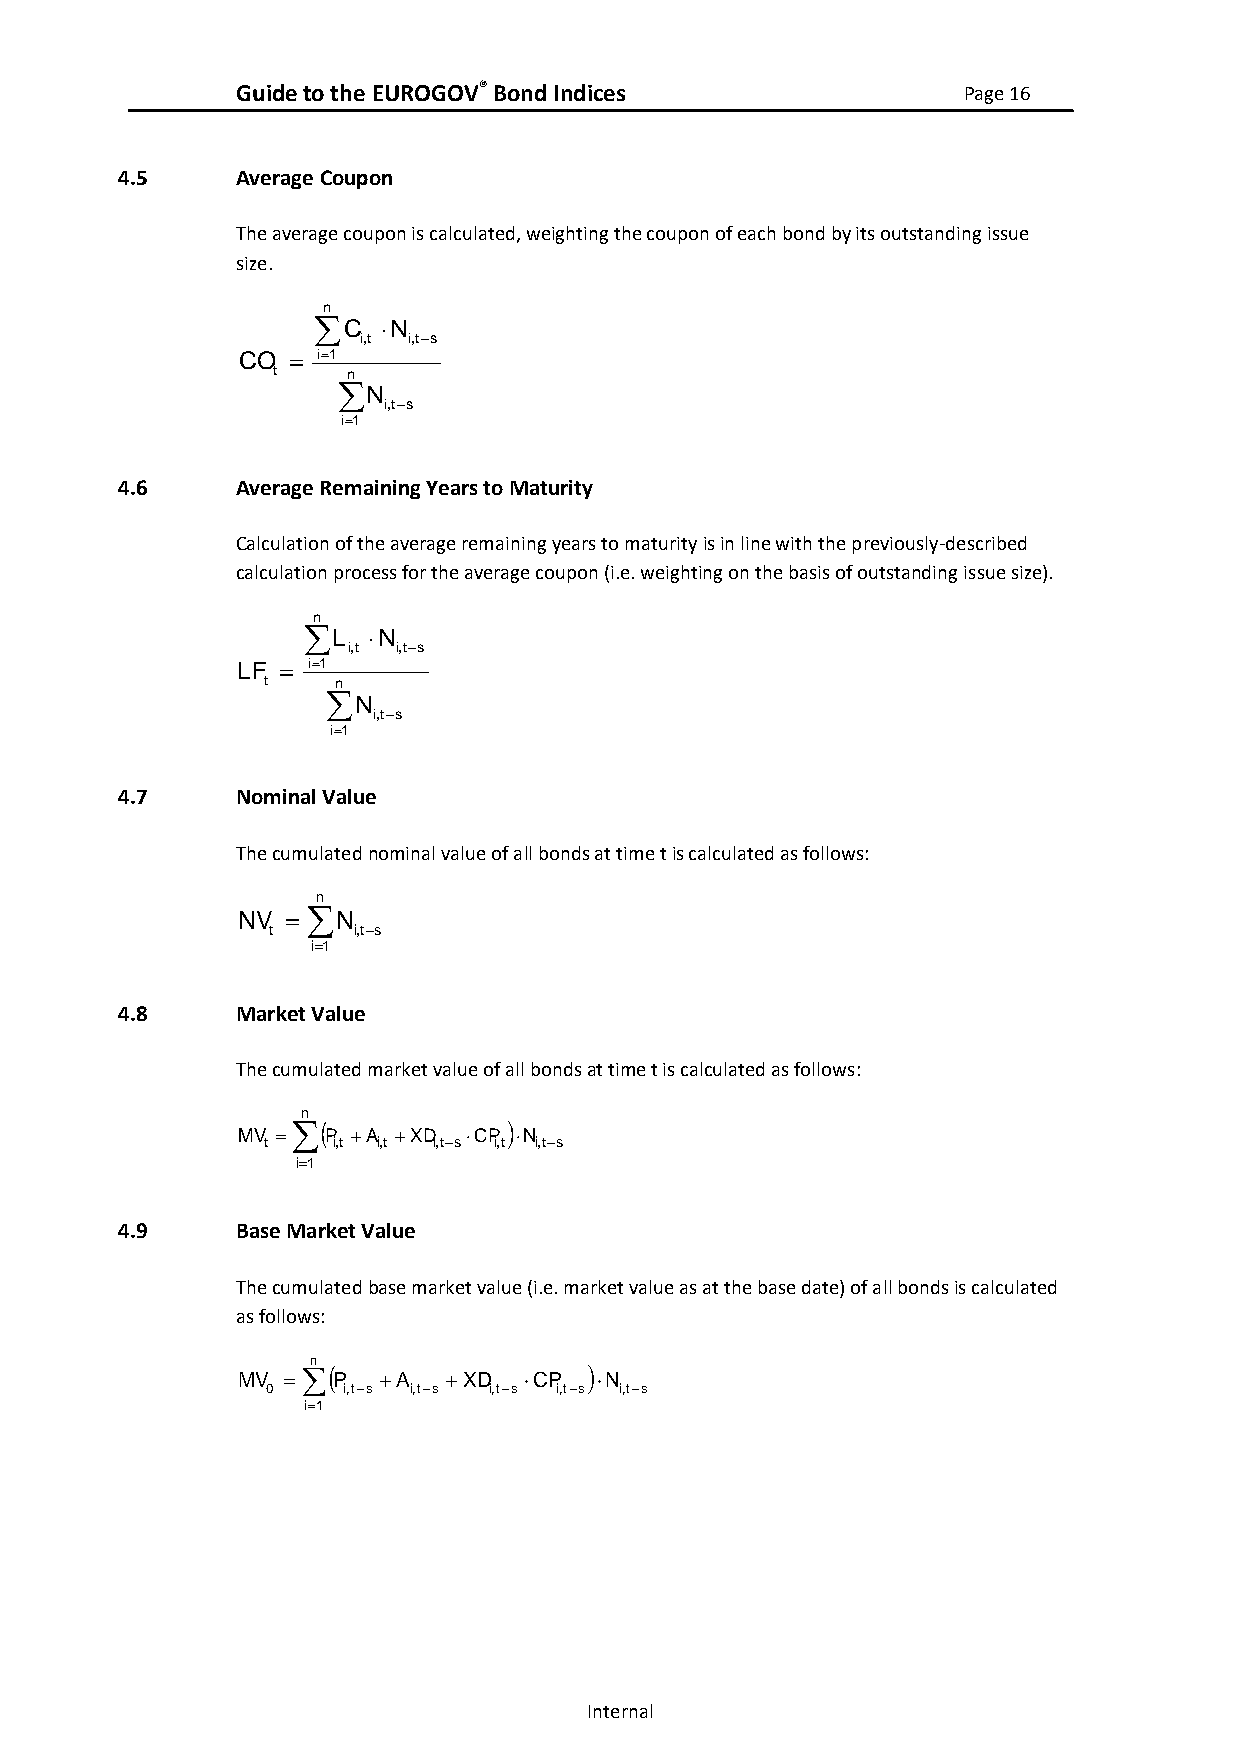
Guide to the EUROGOV® Bond Indices              Page 16
 4.5     Average Coupon
 The average coupon is calculated, weighting the coupon of each bond by its outstanding issue
 size.
 n
 C  N
 i,t i,t−s
 CO = i=1
 t    n
 N
 i,t−s
 i=1
 4.6     Average Remaining Years to Maturity
 Calculation of the average remaining years to maturity is in line with the previously-described
 calculation process for the average coupon (i.e. weighting on the basis of outstanding issue size).
 n
 L  N
 i,t i,t−s
 LF = i=1
 t    n
 N
 i,t−s
 i=1
 4.7     Nominal Value
 The cumulated nominal value of all bonds at time t is calculated as follows:
 n
 NV = N
 t    i,t−s
 i=1
 4.8     Market Value
 The cumulated market value of all bonds at time t is calculated as follows:
 n
 (             )
 MV = P +A +XD  CP N
 t    i,t i,t i,t−s i,t i,t−s
 i=1
 4.9     Base Market Value
 The cumulated base market value (i.e. market value as at the base date) of all bonds is calculated
 as follows:
 n
 MV =
 (
 P  +A   +XD  CP
 )
 N
 0    i,t−s i,t−s i,t−s i,t−s i,t−s
 i=1
 Internal